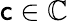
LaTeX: \mathsf{c}\in\mathbb{{C}}